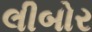
લીબોર